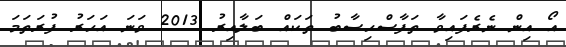
އޯ އިން ނެރެފައިވާ ތަފާސްހިސާބު ތަކައް ބަލާއިރު 2013 ވަނަ އަހަރު ފުރަތަމަ